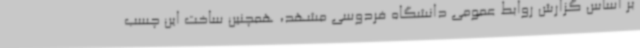
بر اساس گزارش روابط عمومی دانشگاه فردوسی مشهد، همچنین ساخت این چسب